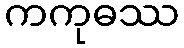
ကကုဓဿ